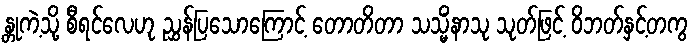
န္တုကဲ့သို့ စီရင်လေဟု ညွှန်ပြသောကြောင့် တောတိတာ သသ္မိံနာသု သုတ်ဖြင့် ဝိဘတ်နှင့်တကွ